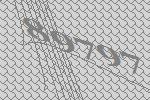
89797